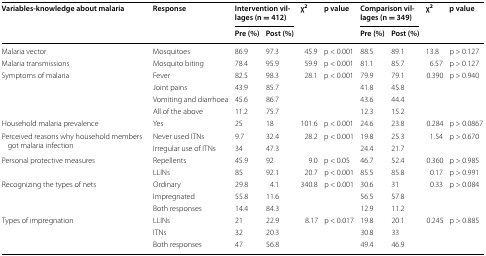
<table><thead><tr><td rowspan="2"><b>Variables-knowledge about malaria</b></td><td rowspan="2"><b>Response</b></td><td colspan="2"><b>Intervention villages (n = 412)</b></td><td rowspan="2"><b>χ<sup>2</sup></b></td><td rowspan="2"><b>p value</b></td><td colspan="2"><b>Comparison villages (n = 349)</b></td><td rowspan="2"><b>χ<sup>2</sup></b></td><td rowspan="2"><b>p value</b></td></tr><tr><td><b>Pre (%)</b></td><td><b>Post (%)</b></td><td><b>Pre (%)</b></td><td><b>Post (%)</b></td></tr></thead><tbody><tr><td>Malaria vector</td><td>Mosquitoes</td><td>86.9</td><td>97.3</td><td>45.9</td><td>p &lt; 0.001</td><td>88.5</td><td>89.1</td><td>13.8</td><td>p &gt; 0.127</td></tr><tr><td>Malaria transmissions</td><td>Mosquito biting</td><td>78.4</td><td>95.9</td><td>59.9</td><td>p &lt; 0.001</td><td>81.1</td><td>85.7</td><td>6.57</td><td>p &gt; 0.127</td></tr><tr><td rowspan="4">Symptoms of malaria</td><td>Fever</td><td>82.5</td><td>98.3</td><td rowspan="4">28.1</td><td rowspan="4">p &lt; 0.001</td><td>79.9</td><td>79.1</td><td rowspan="4">0.390</td><td rowspan="4">p &gt; 0.940</td></tr><tr><td>Joint pains</td><td>43.9</td><td>85.7</td><td>41.8</td><td>45.8</td></tr><tr><td>Vomiting and diarrhoea</td><td>45.6</td><td>86.7</td><td>43.6</td><td>44.4</td></tr><tr><td>All of the above</td><td>11.2</td><td>75.7</td><td>12.3</td><td>15.2</td></tr><tr><td>Household malaria prevalence</td><td>Yes</td><td>25</td><td>18</td><td>101.6</td><td>p &lt; 0.001</td><td>24.6</td><td>23.8</td><td>0.284</td><td>p &gt; 0.0867</td></tr><tr><td rowspan="2">Perceived reasons why household members got malaria infection</td><td>Never used ITNs</td><td>9.7</td><td>32.4</td><td rowspan="2">28.2</td><td rowspan="2">p &lt; 0.001</td><td>19.8</td><td>25.3</td><td rowspan="2">1.54</td><td rowspan="2">p &gt; 0.670</td></tr><tr><td>Irregular use of ITNs</td><td>34</td><td>47.3</td><td>24.4</td><td>21.7</td></tr><tr><td>Personal protective measures</td><td>Repellents</td><td>45.9</td><td>92</td><td>9.0</td><td>p &lt; 0.05</td><td>46.7</td><td>52.4</td><td>0.360</td><td>p &gt; 0.985</td></tr><tr><td></td><td>LLINs</td><td>85</td><td>92.1</td><td>20.7</td><td>p &lt; 0.001</td><td>85.5</td><td>85.8</td><td>0.17</td><td>p &gt; 0.991</td></tr><tr><td rowspan="3">Recognizing the types of nets</td><td>Ordinary</td><td>29.8</td><td>4.1</td><td rowspan="3">340.8</td><td rowspan="3">p &lt; 0.001</td><td>30.6</td><td>31</td><td rowspan="3">0.33</td><td rowspan="3">p &gt; 0.084</td></tr><tr><td>Impregnated</td><td>55.8</td><td>11.6</td><td>56.5</td><td>57.8</td></tr><tr><td>Both responses</td><td>14.4</td><td>84.3</td><td>12.9</td><td>11.2</td></tr><tr><td rowspan="3">Types of impregnation</td><td>LLINs</td><td>21</td><td>22.9</td><td rowspan="3">8.17</td><td rowspan="3">p &lt; 0.017</td><td>19.8</td><td>20.1</td><td rowspan="3">0.245</td><td rowspan="3">p &gt; 0.885</td></tr><tr><td>ITNs</td><td>32</td><td>20.3</td><td>30.8</td><td>33</td></tr><tr><td>Both responses</td><td>47</td><td>56.8</td><td>49.4</td><td>46.9</td></tr></tbody></table>